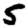
Digit: 5